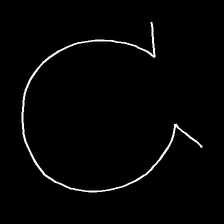
Glyph: weave